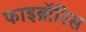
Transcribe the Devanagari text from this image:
फाइब्रॉरिस